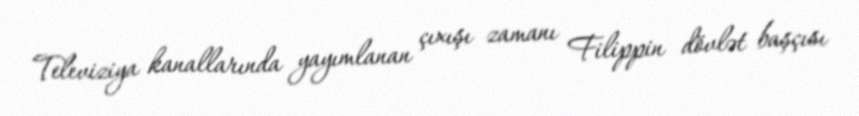
Televiziya kanallarında yayımlanan çıxışı zamanı Filippin dövlət başçısı